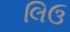
લિઉ